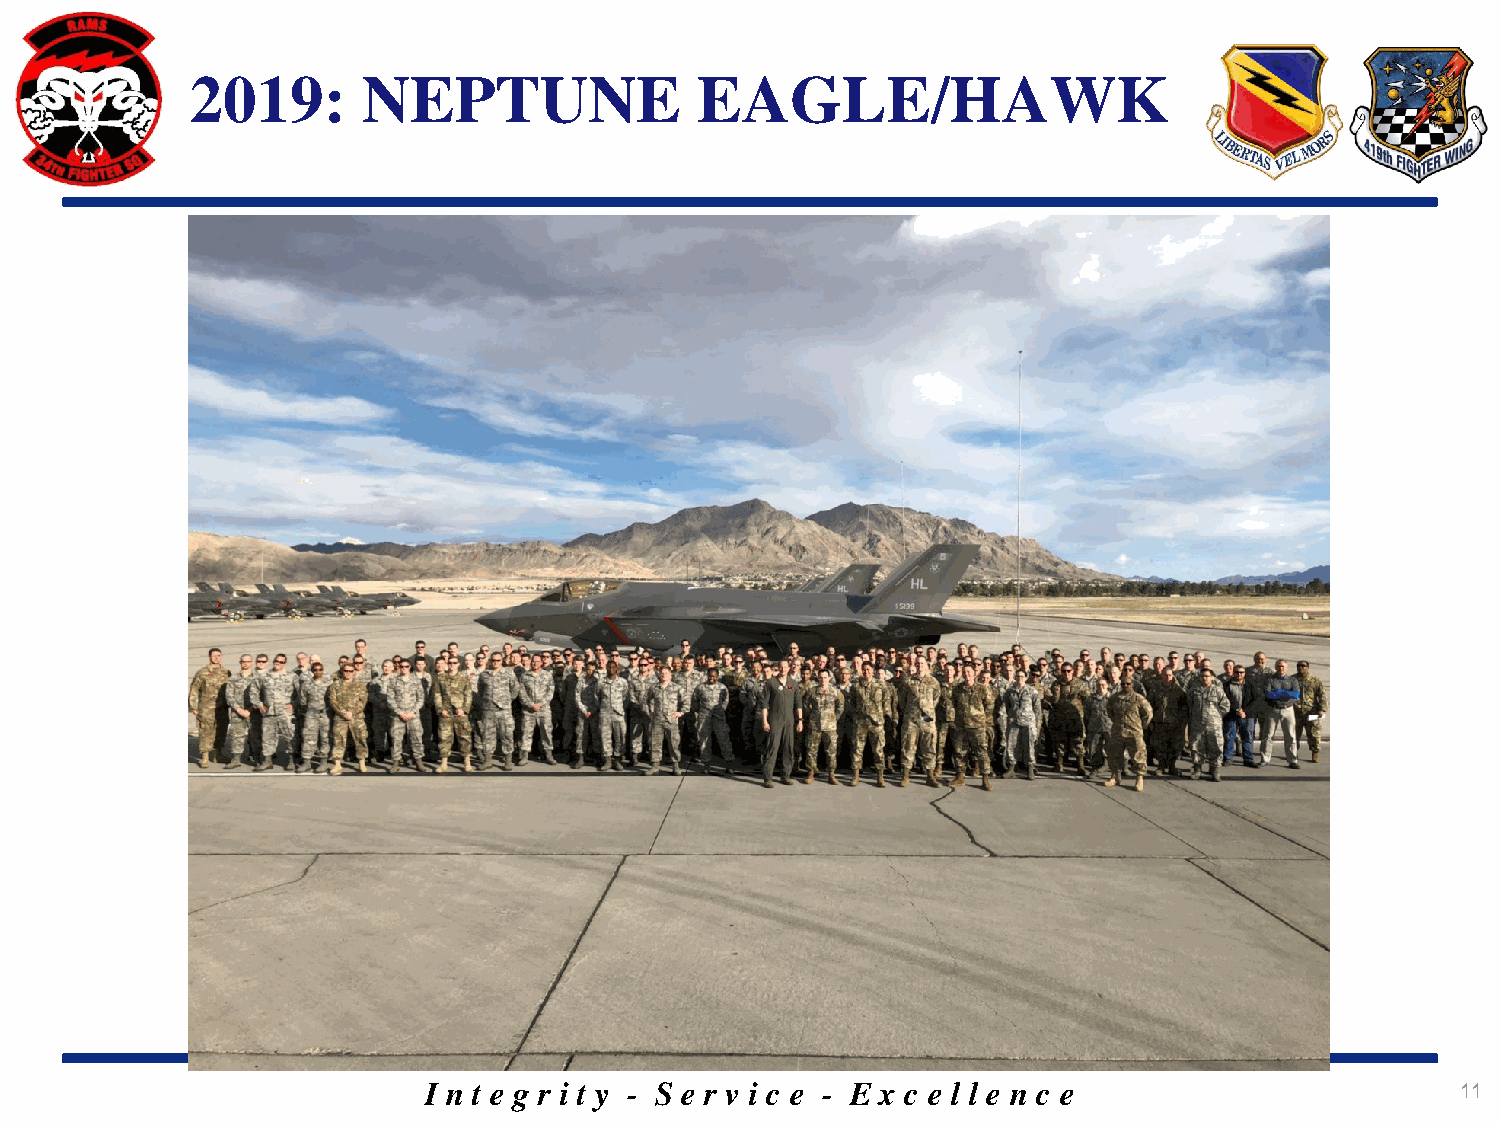
2019:      NEPTUNE               EAGLE/HAWK
 I n t e g r i t y - S e r v i c e - E x c e l l e n c e              11